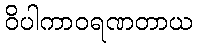
ဝိပါကာဝရဏတာယ